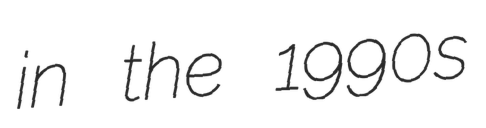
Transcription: in the 1990s